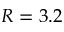
R = 3 . 2